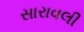
સારાવલી